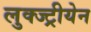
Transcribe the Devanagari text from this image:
लुक्ज्ट्रीयेन